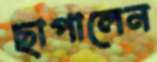
ছাপালেন